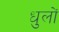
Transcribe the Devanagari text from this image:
धुलों